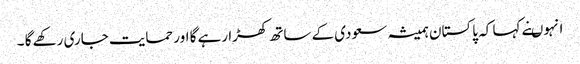
انہوںنے کہا کہ پاکستان ہمیشہ سعودی کے ساتھ کھڑا رہے گا اور حمایت جاری رکھے گا ۔